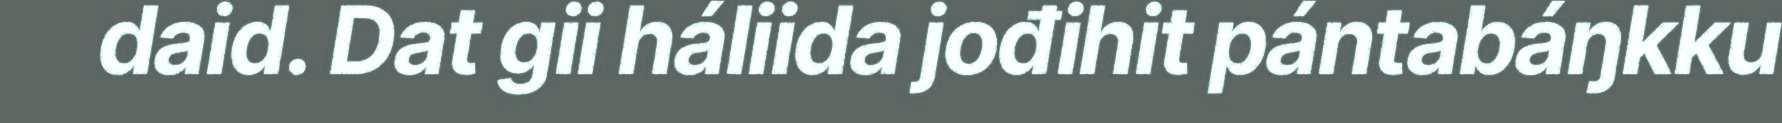
daid. Dat gii háliida jođihit pántabáŋkku